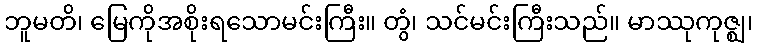
ဘူမတိ၊ မြေကိုအစိုးရသောမင်းကြီး။ တွံ၊ သင်မင်းကြီးသည်။ မာဿုကုဇ္ဈ၊